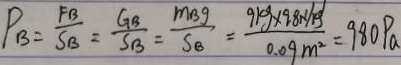
P _ { B } = \frac { F B } { S B } = \frac { G _ { B } } { S _ { B } } = \frac { m _ { B g } } { S _ { B } } = \frac { 9 k g \times 9 . 8 . N / g } { 0 . 0 9 m ^ { 2 } } = 9 8 0 P a